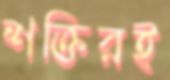
শক্তিরই